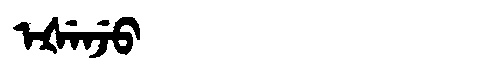
Manchu: ᡝᡧᡝᠨᠵᡠ
Romanization: EŠENJU